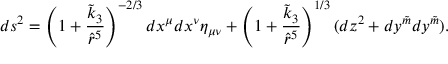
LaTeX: d s ^ { 2 } = \left( 1 + \frac { \tilde { k } _ { 3 } } { \hat { r } ^ { 5 } } \right) ^ { - 2 / 3 } d x ^ { \mu } d x ^ { \nu } \eta _ { \mu \nu } + \left( 1 + \frac { \tilde { k } _ { 3 } } { \hat { r } ^ { 5 } } \right) ^ { 1 / 3 } ( d z ^ { 2 } + d y ^ { \tilde { m } } d y ^ { \tilde { m } } ) .